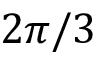
2 \pi / 3